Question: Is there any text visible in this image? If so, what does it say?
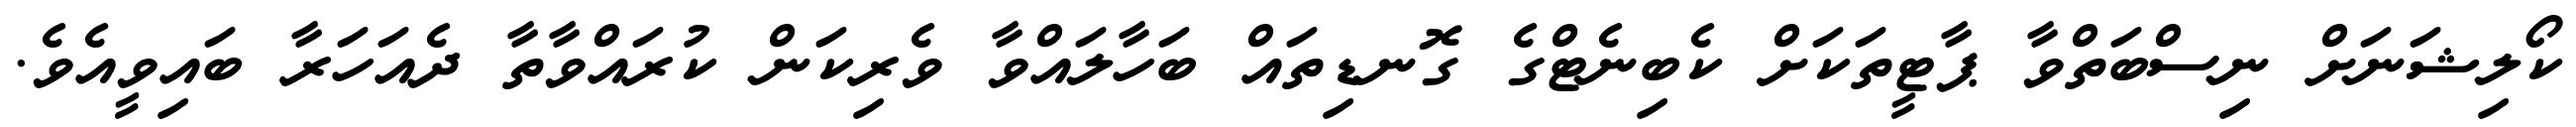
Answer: ކޯލިޝަނަށް ނިސްބަތްވާ ޕާޓީތަކަށް ކެބިނެޓްގެ ގޮނޑިތައް ބަހާލައްވާ ވެރިކަން ކުރައްވާތާ ދެއަހަރާ ބައިވީއެވެ.